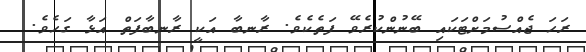
ރަހަ ޖެއްސުމަށްޓަކައި ބޭނުންކުރެވޭ ފަތެކެވެ. ރާނބާ އަކީ ރާނބާފަތް އަޅާ ގަހެވެ.